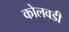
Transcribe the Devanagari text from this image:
कोलवडी